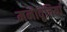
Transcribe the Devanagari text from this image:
मनोवृत्तियां